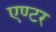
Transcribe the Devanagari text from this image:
एण्टर